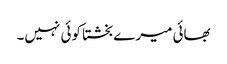
بھائی میرے بخشتا کوئی نہیں۔